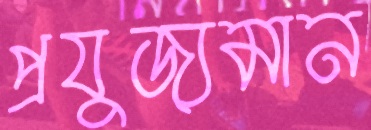
প্রযুজ্যমান